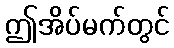
ဤအိပ်မက်တွင်